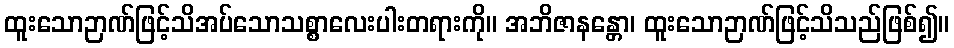
ထူးသောဉာဏ်ဖြင့်သိအပ်သောသစ္စာလေးပါးတရားကို။ အဘိဇာနန္တော၊ ထူးသောဉာဏ်ဖြင့်သိသည်ဖြစ်၍။